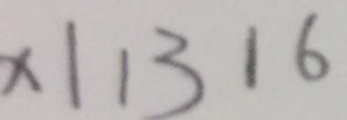
x 1 1 3 1 6